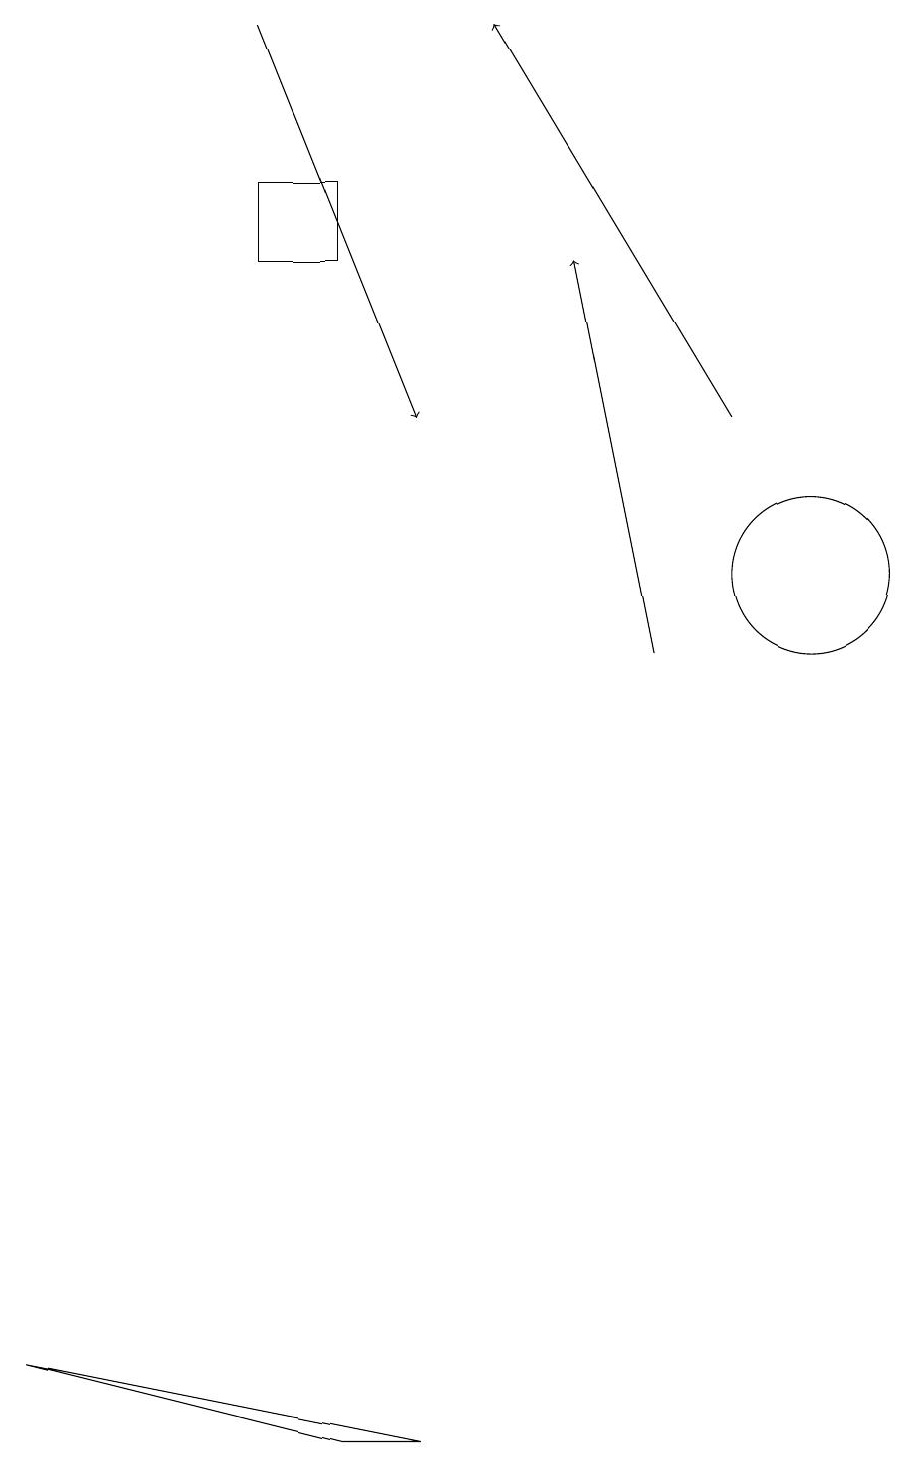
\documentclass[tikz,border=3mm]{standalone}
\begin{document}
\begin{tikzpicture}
\draw (10,11) circle (1);
\draw[->] (8,10) -- (7,15);
\draw (5,0) -- (0,1) -- (4,0) -- cycle;
\draw (4,16) rectangle (3,15);
\draw[->] (3,18) -- (5,13);
\draw[->] (9,13) -- (6,18);
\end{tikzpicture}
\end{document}